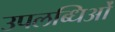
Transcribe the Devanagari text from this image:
उपलब्धिओं